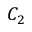
C _ { 2 }